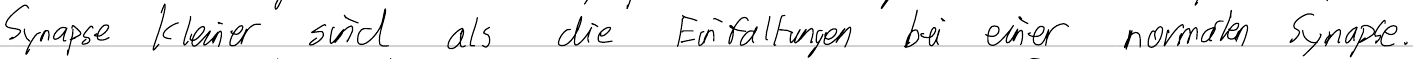
Synapse kleiner sind als die Einfaltungen bei einer normalen Synapse.